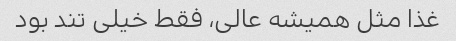
غذا مثل همیشه عالی، فقط خیلی تند بود